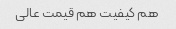
هم کیفیت هم قیمت عالی